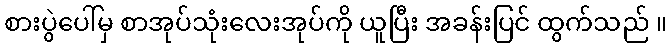
စားပွဲပေါ်မှ စာအုပ်သုံးလေးအုပ်ကို ယူပြီး အခန်းပြင် ထွက်သည် ။